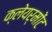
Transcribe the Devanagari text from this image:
क्लेयर्मोंट